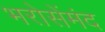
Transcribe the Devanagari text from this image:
भरोसेंमंद